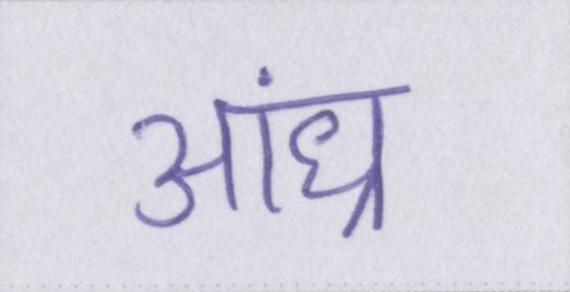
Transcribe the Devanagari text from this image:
आंध्र